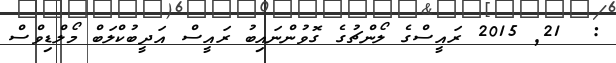
:  21